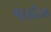
વાઈઝ